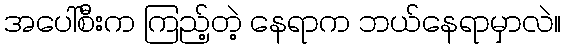
အပေါ်စီးက ကြည့်တဲ့ နေရာက ဘယ်နေရာမှာလဲ။